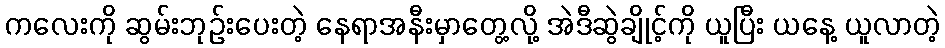
ကလေးကို ဆွမ်းဘုဉ်းပေးတဲ့ နေရာအနီးမှာတွေ့လို့ အဲဒီဆွဲချိုင့်ကို ယူပြီး ယနေ့ ယူလာတဲ့